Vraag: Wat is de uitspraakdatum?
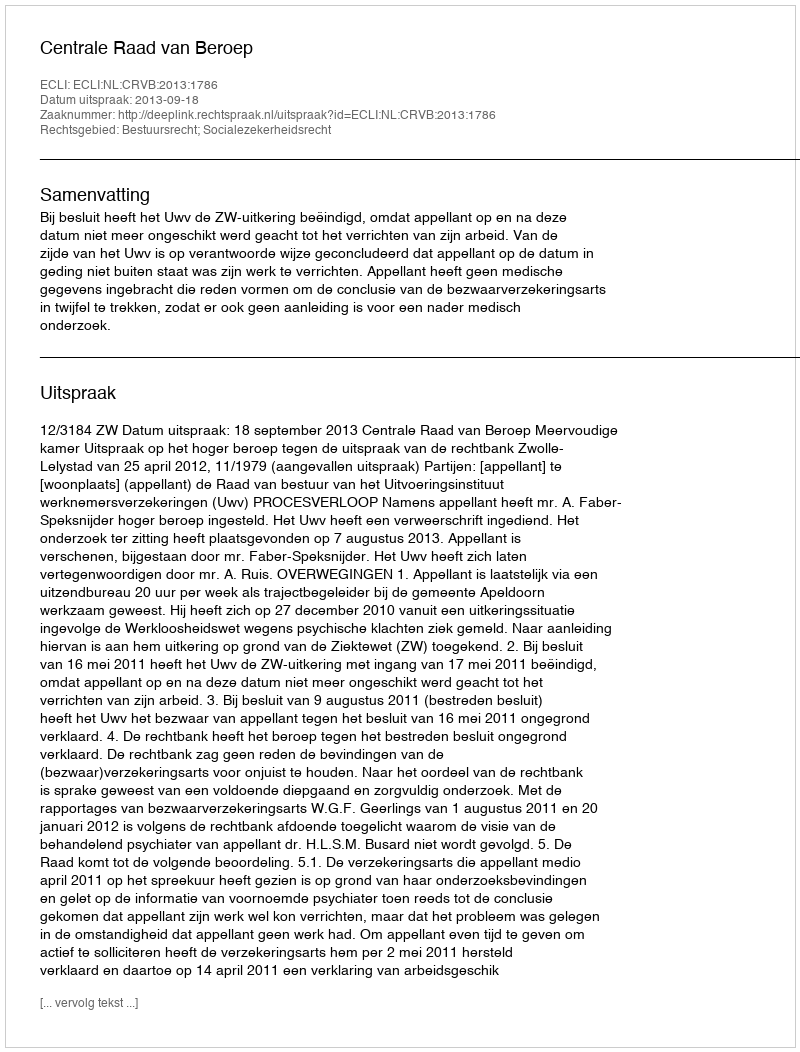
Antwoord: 2013-09-18